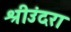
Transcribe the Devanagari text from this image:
श्रीउंदरा